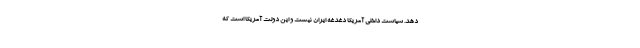
دهد. سیاست داخلی آمریکا دغدغه ایران نیست و این دولت آمریکا است که